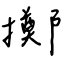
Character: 擲